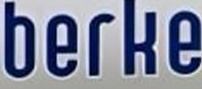
berke